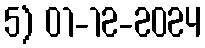
5) 01-12-2024